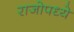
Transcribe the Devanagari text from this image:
राजोपध्ये